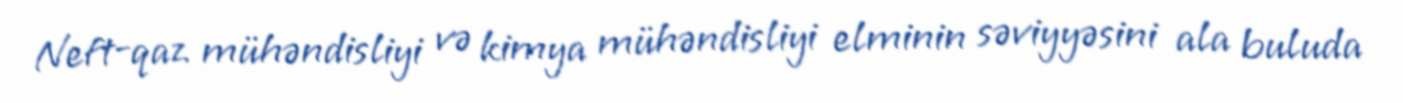
Neft-qaz mühəndisliyi və kimya mühəndisliyi elminin səviyyəsini ala buluda